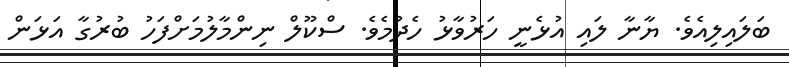
ބަލައިލިއެވެ. ޔާނާ ލައި އުޅެނީ ހަރުވާޅު ހެދުމެވެ. ސްކޫލް ނިންމާލުމަށްފަހު ބުރުގާ އަޅަން